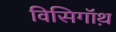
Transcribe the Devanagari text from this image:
विसिगॉथ़